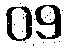
09